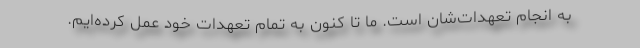
به انجام تعهدات‌شان است. ما تا کنون به تمام تعهدات خود عمل کرده‌ایم.